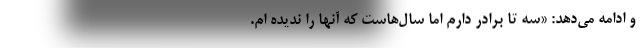
و ادامه می‌دهد: «سه تا برادر دارم اما سال‌هاست که آنها را ندیده ام.